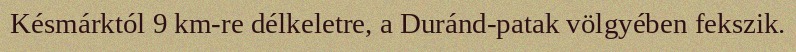
Késmárktól 9 km-re délkeletre, a Duránd-patak völgyében fekszik.